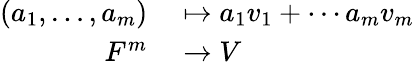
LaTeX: \begin{array}{rl}{(a_{1},\ldots,a_{m})}&{{}\mapsto a_{1}v_{1}+\cdots a_{m}v_{m}}\\ {F^{m}}&{{}\to V}\end{array}